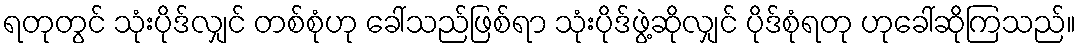
ရတုတွင် သုံးပိုဒ်လျှင် တစ်စုံဟု ခေါ်သည်ဖြစ်ရာ သုံးပိုဒ်ဖွဲ့ဆိုလျှင် ပိုဒ်စုံရတု ဟုခေါ်ဆိုကြသည်။